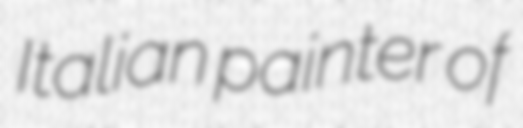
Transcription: Italian painter of